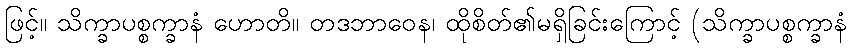
ဖြင့်။ သိက္ခာပစ္စက္ခာနံ ဟောတိ။ တဒဘာဝေန၊ ထိုစိတ်၏မရှိခြင်းကြောင့် (သိက္ခာပစ္စက္ခာနံ